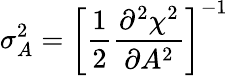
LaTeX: \sigma_{A}^{2}=\left[\frac{1}{2}\frac{\partial^{2}\chi^{2}}{\partial A^{2}}\right]^{-1}